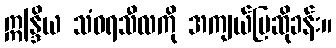
ဣန္ဒြိယ သံဝရသီလကို အကျယ်ပြဆိုခန်း။